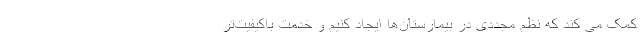
کمک می کند که نظم مجددی در بیمارستان‌ها ایجاد کنیم و خدمت باکیفیت‌تر